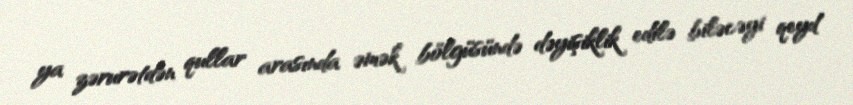
ya zərurətdən qullar arasında əmək bölgüsündə dəyişiklik edilə biləcəyi qeyd